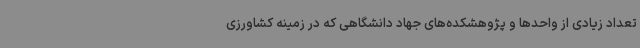
تعداد زیادی از واحدها و پژوهشکده‌های جهاد دانشگاهی که در زمینه کشاورزی